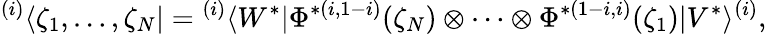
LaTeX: {}^{(i)}\langle\zeta_{1},\ldots,\zeta_{N}|={}^{(i)}\langle W^{*}|\Phi^{*(i,1-i)}(\zeta_{N})\otimes\cdots\otimes\Phi^{*(1-i,i)}(\zeta_{1})|V^{*}\rangle^{(i)},